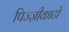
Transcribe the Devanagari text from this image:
पिज्ज़ीकाटो